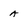
Character: a